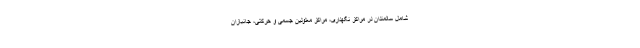
شامل سالمندان در مراکز نگهداری، مراکز معلولین جسمی و حرکتی، جانبازان